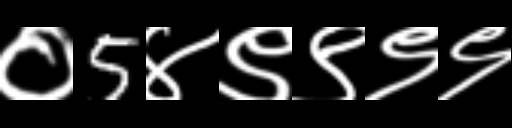
Text: ०5४९९९९